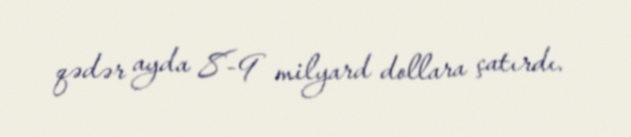
qədər ayda 8-9 milyard dollara çatırdı.